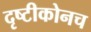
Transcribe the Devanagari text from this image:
दृष्टीकोनच